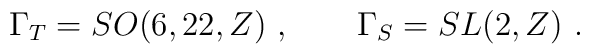
\Gamma_T = SO(6,22,Z)\ , \qquad\Gamma_S = SL(2,Z) \ .